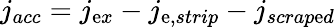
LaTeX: j_{acc}=j_{\mathrm{e}x}-j_{\mathrm{e},strip}-j_{scrap\mathrm{e}d}